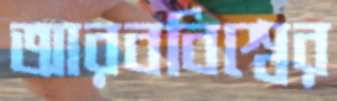
আরববিশ্বের